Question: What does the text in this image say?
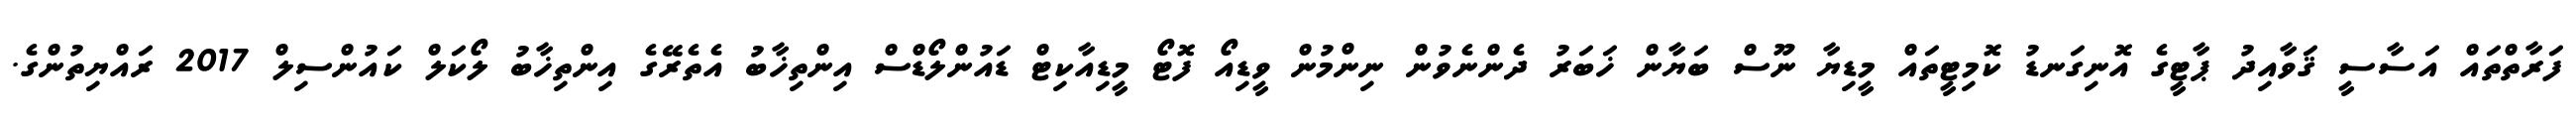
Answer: ފަރާތްތައް އަސާސީ ޤަވާއިދު ޕާޓީގެ އޮނިގަނޑު ކޮމިޓީތައް މީޑިޔާ ނޫސް ބަޔާން ޚަބަރު ދެންނެވުން ނިންމުން ވީޑިއޯ ފޮޓޯ މީޑިއާކިޓް ޑައުންލޯޑްސް އިންތިޚާބު އެތެރޭގެ އިންތިޚާބު ލޯކަލް ކައުންސިލް 2017 ރައްޔިތުންގެ.